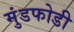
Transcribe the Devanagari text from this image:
मुंडफोडी